Civil Veterinary Department. Madras. Admin. report 1910-25 - 1910-1925
Year: 1910
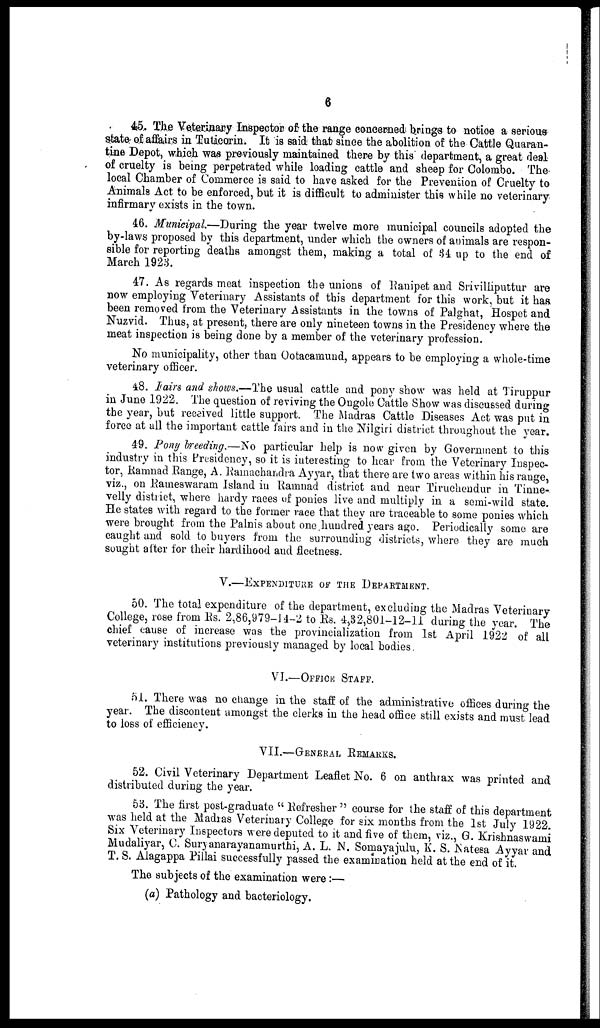
6
45. The Veterinary Inspector of the range concerned brings to notice a serious
state of affairs in Tuticorin. It is said that since the abolition of the Cattle Quaran-
tine Depot, which was previously maintained there by this department, a great deal
of cruelty is being perpetrated while loading cattle and sheep for Colombo. The
local Chamber of Commerce is said to have asked for the Prevention of Cruelty to
Animals Act to be enforced, but it is difficult to administer this while no veterinary
infirmary exists in the town.
46. Municipal—During the year twelve more municipal councils adopted the
by-laws proposed by this department, under which the owners of animals are respon-
sible for reporting deaths amongst them, making a total of 84 up to the end of
March 1923.
47. As regards meat inspection the unions of Ranipet and Srivilliputtur are
now employing Veterinary Assistants of this department for this work, but it has
been removed from the Veterinary Assistants in the towns of Palghat, Hospet and
Nuzvid. Thus, at present, there are only nineteen towns in the Presidency where the
meat inspection is being done by a member of the veterinary profession.
No municipality, other than Ootacamund, appears to be employing a whole-time
veterinary officer.
48. Fairs and shows.—The usual cattle and pony show was held at Tiruppur
in June 1922. The question of reviving the Ongole Cattle Show was discussed during
the year, but received little support. The Madras Cattle Diseases Act was put in
force at all the important cattle fairs and in the Nilgiri district throughout the year.
49. Pony breeding.—No particular help is now given by Government to this
industry in this Presidency, so it is interesting to hear from the Veterinary Inspec-
tor, Ramnad Range, A. Ramachandra Ayyar, that there are two areas within his range,
viz., on Rameswaram Island in Ramnad district and near Tiruchendur in Tinne-
velly district, where hardy races of ponies live and multiply in a semi-wild state.
He states with regard to the former race that they are traceable to some ponies which
were brought from the Palnis about one hundred years ago. Periodically some are
caught and sold to buyers from the surrounding districts, where they are much
sought after for their hardihood and fleetness.
V.—EXPENDITURE OF THE DEPARTMENT.
50. The total expenditure of the department, excluding the Madras Veterinary
College, rose from Rs. 2,86,979-14-2 to Rs. 4,32,801-12-11 during the year. The
chief cause of increase was the provincialization from 1st April 1922 of all
veterinary institutions previously managed by local bodies.
VI.—OFFICE STAFF.
51. There was no change in the staff of the administrative offices during the
year. The discontent amongst the clerks in the head office still exists and must lead
to loss of efficiency.
VII.—GENERAL REMARKS.
52. Civil Veterinary Department Leaflet No. 6 on anthrax was printed and
distributed during the year.
53. The first post-graduate " Refresher " course for the staff of this department
was held at the Madias Veterinary College for six months from the 1st July 1922.
Six Veterinary Inspectors were deputed to it and five of them, viz., G. Krishnaswami
Mudaliyar, C. Suryanarayanamurthi, A. L. N. Somayajulu, K. S. Natesa Ayyar and
T. S. Alagappa Pillai successfully passed the examination held at the end of it.
The subjects of the examination were:—
(a) Pathology and bacteriology.